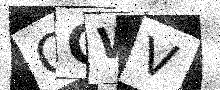
Text: GCWV